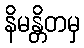
နိမန္တိတမှ